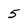
Character: 5